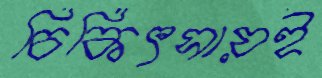
চিকিৎসায়ই